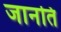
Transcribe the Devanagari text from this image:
जानति